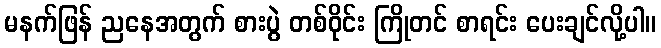
မနက်ဖြန် ညနေအတွက် စားပွဲ တစ်ဝိုင်း ကြိုတင် စာရင်း ပေးချင်လို့ပါ။